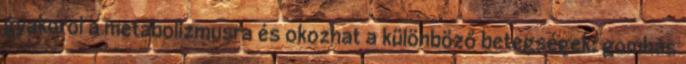
gyakorol a metabolizmusra és okozhat a különböző betegségek: gombás